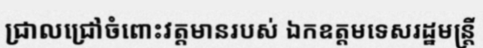
ជ្រាលជ្រៅចំពោះវត្តមានរបស់ ឯកឧត្តមទេសរដ្ឋមន្ត្រី